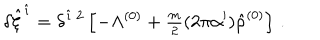
\delta \hat { \xi } ^ { \hat { \imath } } = \delta ^ { \hat { \imath } \ 2 } \left[ - \Lambda ^ { ( 0 ) } + { \textstyle \frac { m } { 2 } } ( 2 \pi \alpha ^ { \prime } ) \hat { \rho } ^ { ( 0 ) } \right] \, .